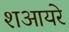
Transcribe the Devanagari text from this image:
शआयरे